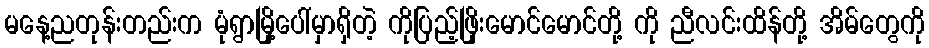
မနေ့ညတုန်းတည်းက မုံရွာမြို့ပေါ်မှာရှိတဲ့ ကိုပြည့်ဖြိုးမောင်မောင်တို့ ကို ညီလင်းထိန်တို့ အိမ်တွေကို